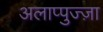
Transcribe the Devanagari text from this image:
अलाप्पुज्ज़ा